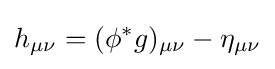
h_{\mu \nu }=(\phi ^{*}g)_{\mu \nu }-\eta _{\mu \nu }